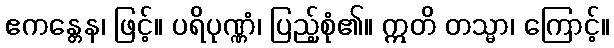
ဧကန္တေန၊ ဖြင့်။ ပရိပုဏ္ဏံ၊ ပြည့်စုံ၏။ ဣတိ တသ္မာ၊ ကြောင့်။